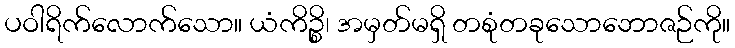
ပဝါရိက်လောက်သော။ ယံကိဉ္စိ၊ အမှတ်မရှိ တစုံတခုသောဘောဇဉ်ကို။